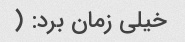
خیلی زمان برد: (